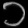
Digit: ၁